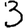
Digit: 3